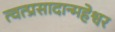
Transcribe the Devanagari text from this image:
त्वत्प्रसादान्महेश्वर